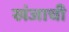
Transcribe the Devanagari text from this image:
खंजाची